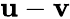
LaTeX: \mathbf{u}-\mathbf{v}